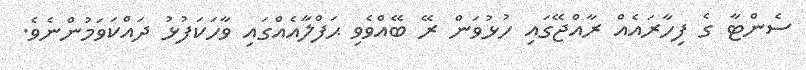
ސެންޓާ ގެ ފިހާރައެއް ރާއްޖޭގައި ހުޅުވަން ރޭ ބޭއްވެވި ޙަފްލާއެއްގައި ވާހަކަފުޅު ދައްކަވަމުންނެވެ.